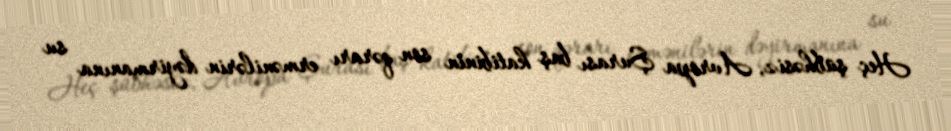
Heç şübhəsiz, Avropa Şurası baş katibinin son qərarı ermənilərin dəyirmanına su